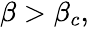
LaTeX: \begin{array}{r}{\beta>\beta_{c},}\end{array}